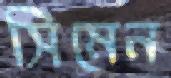
সিমেন